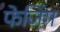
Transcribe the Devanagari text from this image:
फेजिंग